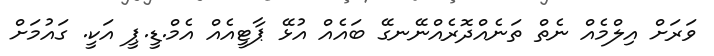
ވަރަށް އިލްމެއް ނެތް ތަނެއްދޮރެއްނޭނގޭ ބައެއް އުޅޭ ޕާޓީއެއް އެމް.ޑީ.ޕީ އަކީ. ގައުމަށް